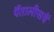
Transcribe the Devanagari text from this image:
पैंतालीसवें